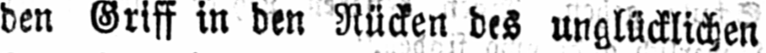
den Griff in den Rücken des unglücklichen